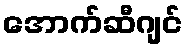
အောက်ဆီဂျင်